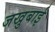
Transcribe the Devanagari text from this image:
जखुबाई